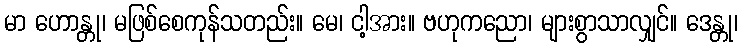
မာ ဟောန္တု၊ မဖြစ်စေကုန်သတည်း။ မေ၊ ငါ့အား။ ဗဟုကညော၊ များစွာသာလျှင်။ ဒေန္တု၊